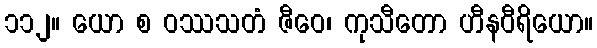
၁၁၂။ ယော စ ဝဿသတံ ဇီဝေ၊ ကုသီတော ဟီနဝီရိယော။